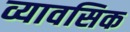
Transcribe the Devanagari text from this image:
व्यावसिक